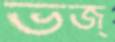
ভজ্‌